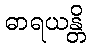
ဓာရယန္တိ